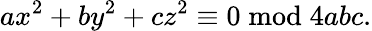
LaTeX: ax^{2}+by^{2}+cz^{2}\equiv 0{\bmod{4abc}}.